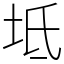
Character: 坻